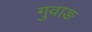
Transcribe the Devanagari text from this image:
गुवाङ